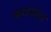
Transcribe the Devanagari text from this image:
फाउसतुस